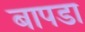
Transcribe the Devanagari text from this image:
बापडा